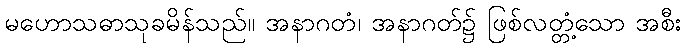
မဟောသဓာသုခမိန်သည်။ အနာဂတံ၊ အနာဂတ်၌ ဖြစ်လတ္တံ့သော အစီး